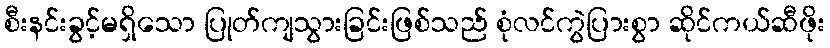
စီးနင်းခွင့်မရှိသော ပြုတ်ကျသွားခြင်းဖြစ်သည် စုံလင်ကွဲပြားစွာ ဆိုင်ကယ်ဆီဖိုး